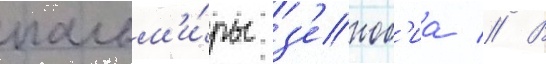
пальм'и́ры з'еноб'иа // В